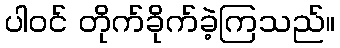
ပါဝင် တိုက်ခိုက်ခဲ့ကြသည်။